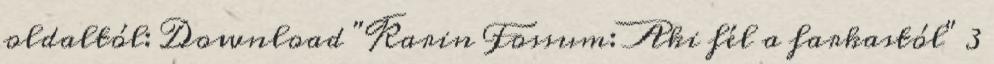
oldaltól: Download "Karin Fossum: Aki fél a farkastól" 3